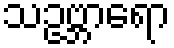
သဥဗ္ဘာရော